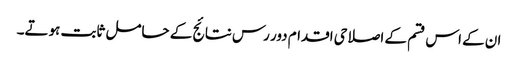
ان کے اس قسم کے اصلاحی اقدام دور رس نتائج کے حامل ثابت ہوتے۔